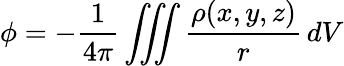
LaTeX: \phi=-{\frac{1}{4\pi}}\iiint{\frac{\rho(x,y,z)}{r}}\, dV